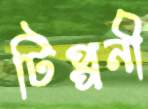
টিপ্পনী